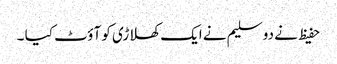
حفیظ نے دو سلیم نے ایک کھلاڑی کو آؤٹ کیا ۔